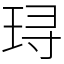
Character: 𬍤